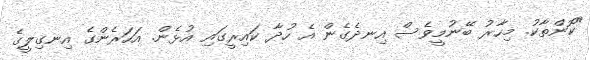
"ކޮންތާކު. މިހާރު ބޭނުމީވެސް އިނދެގެން އެ ހުދާ ކައިރީގައި އުޅެން. އަހަރެންގެ އިނގިލީގެ